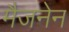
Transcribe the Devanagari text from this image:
मैजनेन